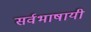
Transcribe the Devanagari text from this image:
सर्वभाषायी